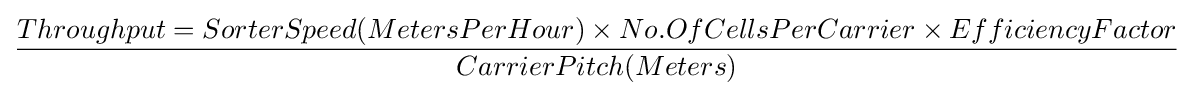
Throughput={SorterSpeed(MetersPerHour)\times No.OfCellsPerCarrier\times EfficiencyFactor} \over CarrierPitch(Meters)